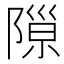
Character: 𨻩